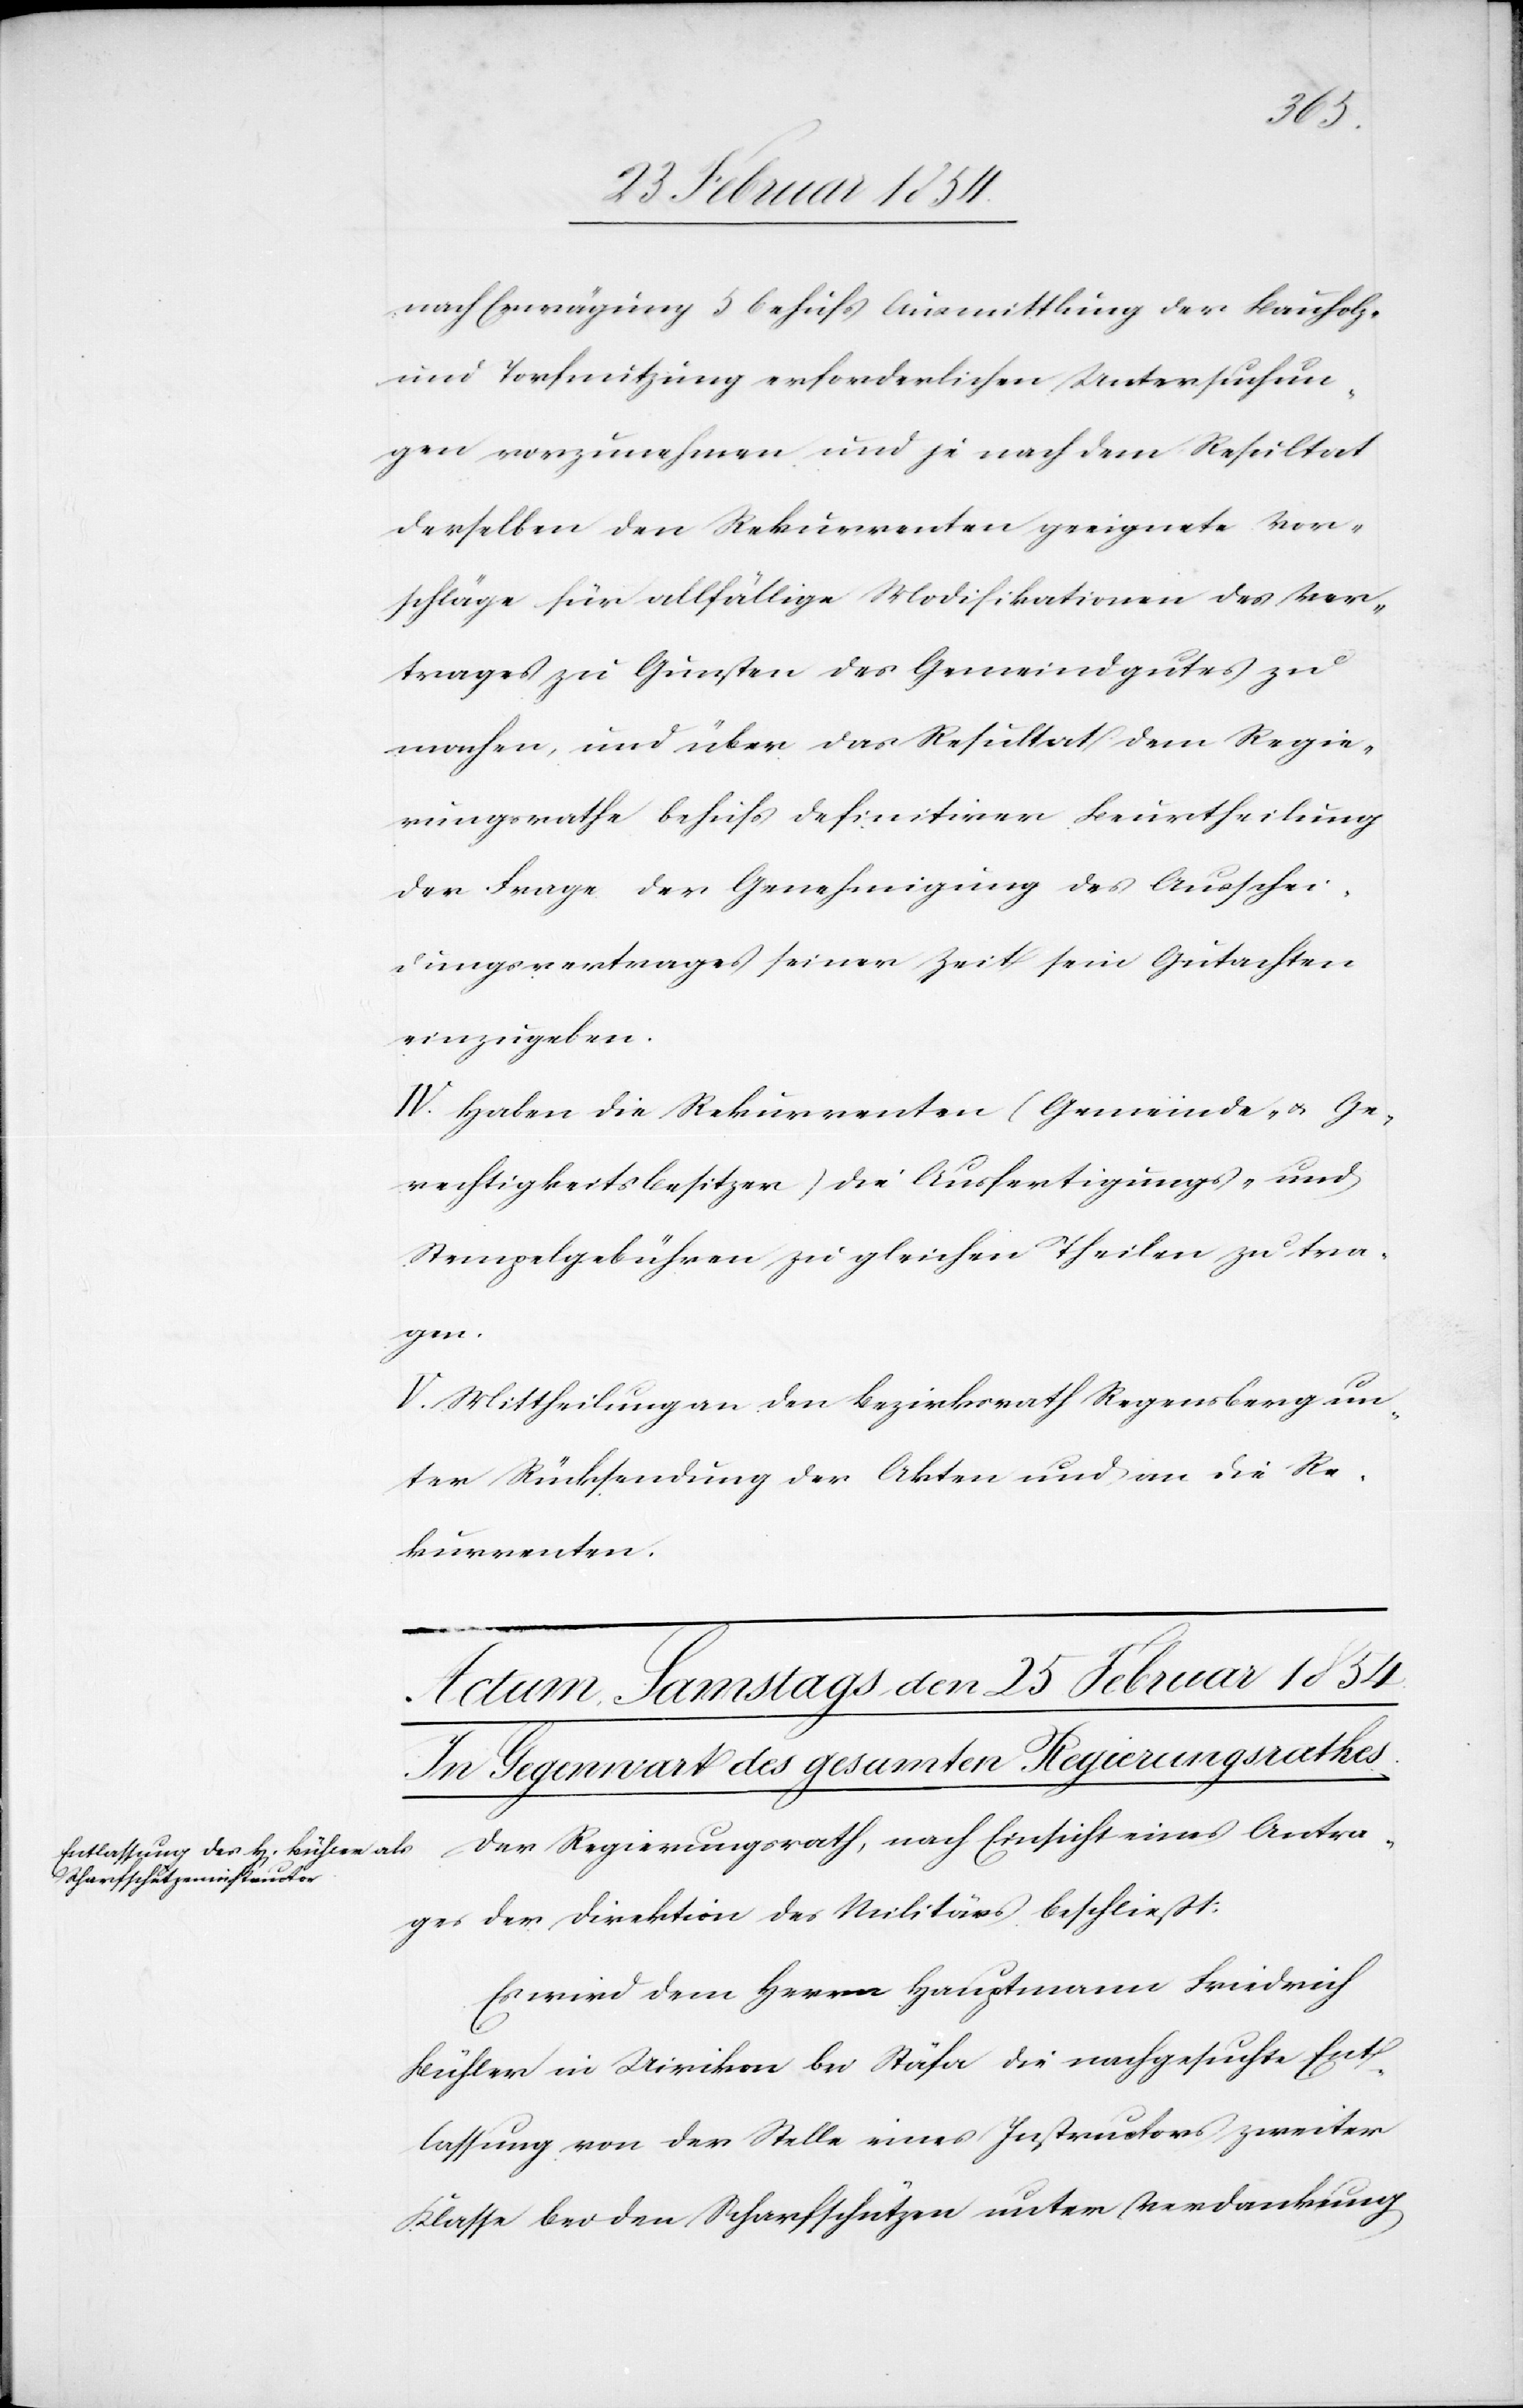
nach Erwägung 5 behufs Ausmittlung der Bauholz-
und Torfnutzung erforderlichen Untersuchun¬
gen vorzunehmen und je nach dem Resultat
derselben den Rekurrenten geeignete Vor¬
schläge für allfällige Modifikationen des Ver¬
trages zu Gunsten des Gemeindgutes zu
machen, und über das Resultat dem Regie¬
rungsrathe behufs definitiver Beurtheilung
der Frage der Genehmigung des Ausschei¬
dungsvertrages seiner Zeit sein Gutachten
einzugeben.
IV. Haben die Rekurrenten (Gemeinde- u. Ge¬
rechtigkeitsbesitzer) die Ausfertigungs- und
Stempelgebühren, zu gleichen Theilen zu tra¬
gen.
V. Mittheilung an den Bezirksrath Regensberg un¬
ter Rücksendung der Akten und an die Re¬
kurrenten.
Der Regierungsrath, nach Einsicht eines Antra¬
ges der Direktion des Militärs beschließt:
Es wird dem Herrn Hauptmann Friedrich
Bühler in Uirikon bei Stäfa die nachgesuchte Ent¬
lassung von der Stelle eines Instructors zweiter
Klasse bei den Scharfschützen unter Verdankung